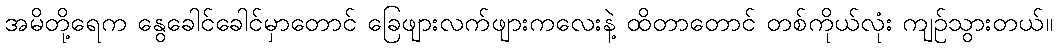
အမိတို့ရေက နွေခေါင်ခေါင်မှာတောင် ခြေဖျားလက်ဖျားကလေးနဲ့ ထိတာတောင် တစ်ကိုယ်လုံး ကျဉ်သွားတယ်။